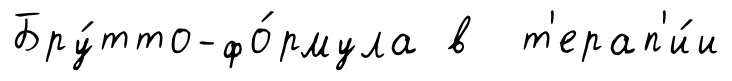
Бру́тто-фо́рмула в т'ерап'и́и